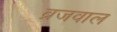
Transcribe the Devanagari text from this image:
ब्रजवाल